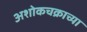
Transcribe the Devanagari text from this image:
अशोकचक्राच्या